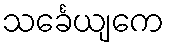
သင်္ခေယျကေ